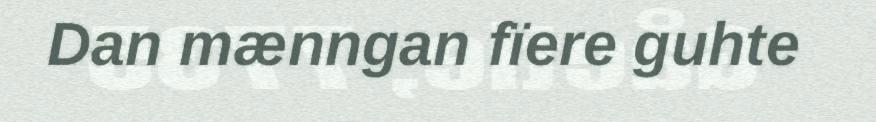
Dan mænngan fïere guhte